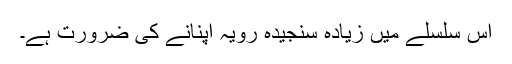
اس سلسلے میں زیادہ سنجیدہ رویہ اپنانے کی ضرورت ہے۔